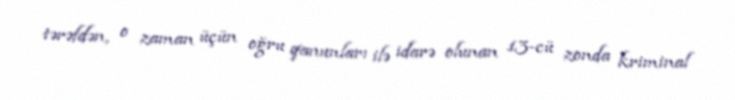
tərəfdən, o zaman üçün oğru qanunları ilə idarə olunan 13-cü zonda kriminal